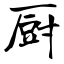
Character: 厨